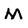
Character: M